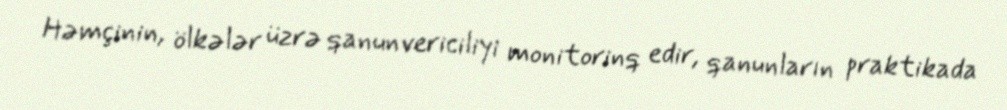
Həmçinin, ölkələr üzrə qanunvericiliyi monitorinq edir, qanunların praktikada